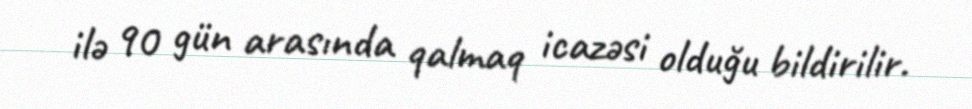
ilə 90 gün arasında qalmaq icazəsi olduğu bildirilir.